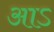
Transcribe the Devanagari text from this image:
आऽ